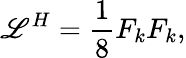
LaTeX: {\cal\mathscr{L}}^{H}=\frac{{1}}{{8}}F_{k}F_{k},